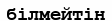
білмейтін